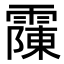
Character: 䨯